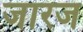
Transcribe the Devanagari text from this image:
जारज